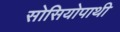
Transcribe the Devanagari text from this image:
सोसियोपाथी